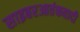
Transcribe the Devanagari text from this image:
साइबरआतंकवादी